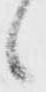
候